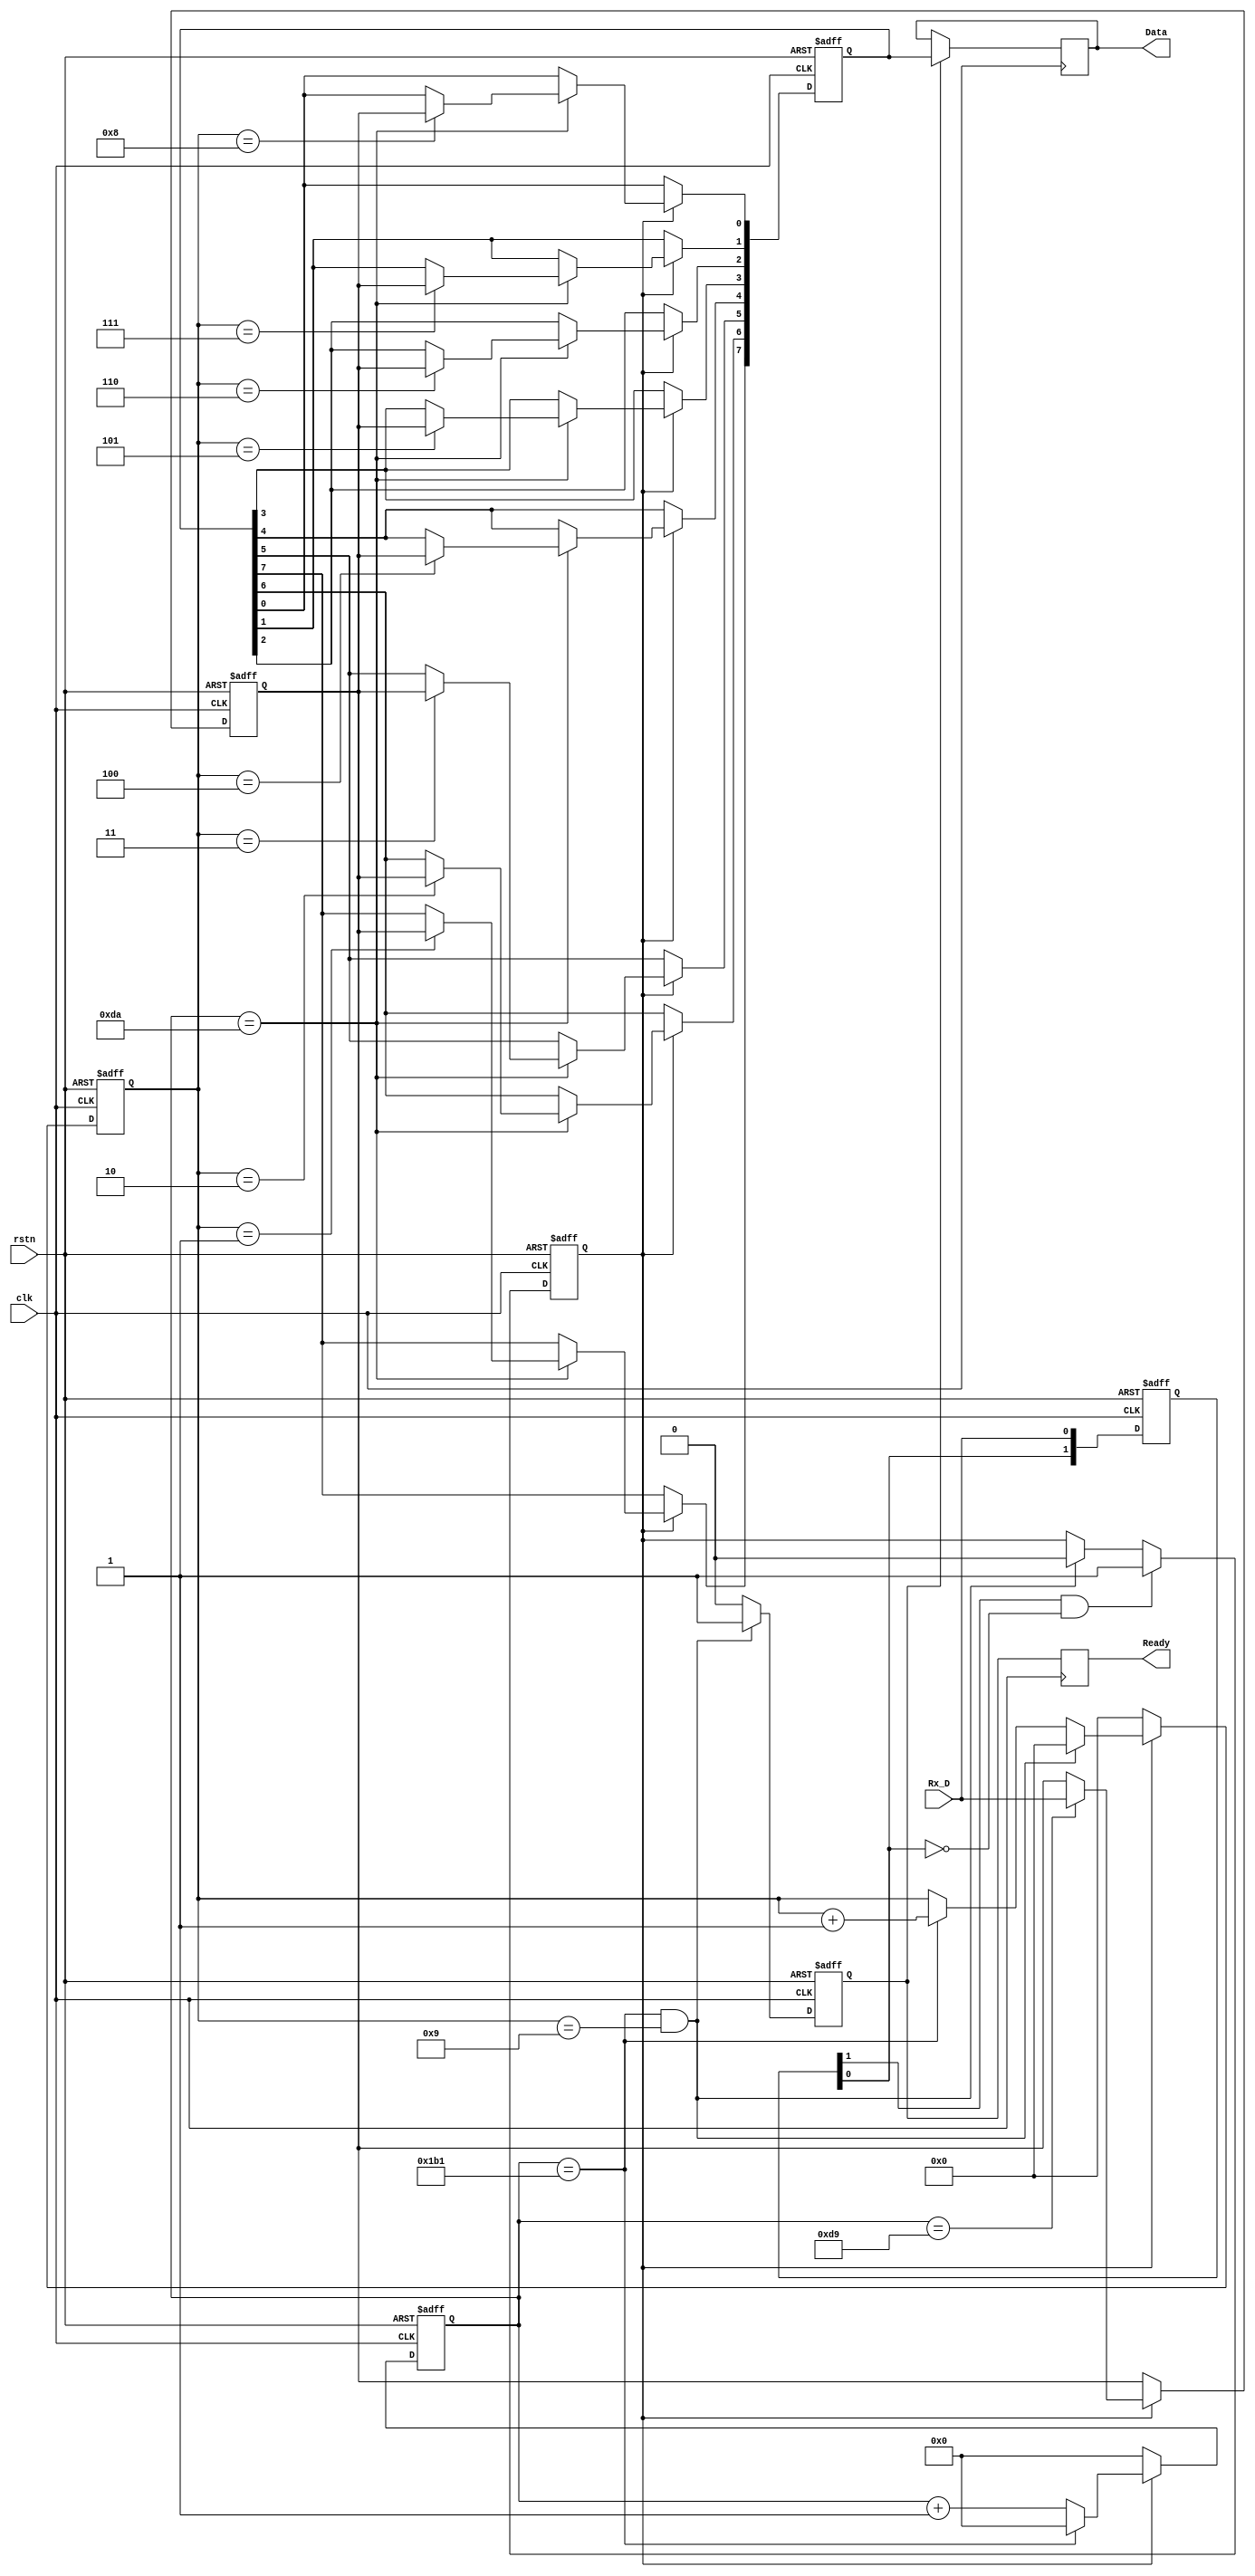
module reciever (
    clk,
    rstn,
    Rx_D,
    Data,
    Ready
);

    input clk;
    input rstn;
    input Rx_D;
    output reg [7:0] Data;
    output reg Ready;



//
reg [1:0] register;
always @(posedge clk or negedge rstn) begin
    if(!rstn)
        register <= 0;
    else begin
        register[0] <= Rx_D;
        register[1] <= register[0];
    end
end
wire edgepose;
wire edgenege;
assign edgepose = register[0]&~register[1];
assign edgenege = register[1]&~register[0];
reg [8:0]Baut_cnt;
parameter Baut = 434;
reg start_recieve;
reg[3:0]Bit_cnt;
always @(posedge clk or negedge rstn) begin
    if(!rstn)
        start_recieve <= 0;
    else if(edgenege)
        start_recieve <= 1;
    else if((Baut_cnt == Baut-1)&&(Bit_cnt == 9))
        start_recieve <= 0;
    else    start_recieve  <= start_recieve;
end


always @(posedge clk or negedge rstn) begin
    if(!rstn)
        Baut_cnt <= 0;
    else if(!start_recieve)
        Baut_cnt <= 0;
    else if(Baut_cnt == Baut-1)
        Baut_cnt <= 0;
    else    Baut_cnt<= Baut_cnt +1;
end


always @(posedge clk or negedge rstn) begin
    if(!rstn)
        Bit_cnt <= 0;
    else if(!start_recieve)
        Bit_cnt <= 0;
    else if((Baut_cnt == Baut-1)&&(Bit_cnt == 9))
        Bit_cnt <= 0;
    else if(Baut_cnt == Baut-1)
        Bit_cnt <=Bit_cnt +1;
    else    Bit_cnt <= Bit_cnt;
end



reg data_stream;
always @(posedge clk or negedge rstn) begin
    if(!rstn)
        data_stream <= 0;
    else if(start_recieve)begin
        if(Baut_cnt == Baut/2)
            data_stream <= Rx_D;
        else    data_stream <= data_stream ;
    end
    else    data_stream <= data_stream;
end
reg[7:0]r_Data;
always @(posedge clk or negedge rstn) begin
    if(!rstn)
        r_Data <= 0;
        else if(start_recieve)begin
        if(Baut_cnt == Baut/2+1)begin
        case (Bit_cnt)
    1:r_Data[7] <= data_stream;
    2:r_Data[6] <= data_stream;
    3:r_Data[5] <= data_stream;
    4:r_Data[4] <= data_stream;
    5:r_Data[3] <= data_stream;
    6:r_Data[2] <= data_stream;
    7:r_Data[1] <= data_stream;
    8:r_Data[0] <= data_stream;
    default : r_Data <= r_Data;
    endcase
        end
    else    r_Data <= r_Data;
        end
end
reg r_ready;
always @(posedge clk or negedge rstn) begin
    if(!rstn)
        r_ready <= 0;
    else if((Baut_cnt == Baut-1)&&(Bit_cnt==9))
        r_ready <= 1;
    else   r_ready <= 0;
end

always @(posedge clk) begin
    if(r_ready)
        Data <= r_Data;
    Ready <= r_ready;
end

endmodule //reciever